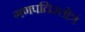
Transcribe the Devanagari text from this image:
गणपतिस्तोत्रं